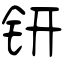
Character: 钘